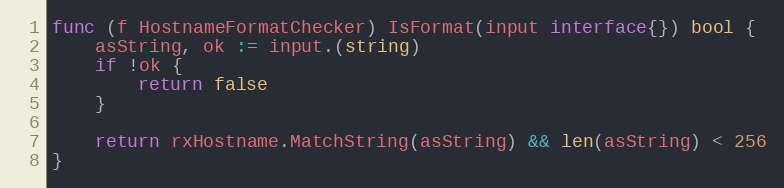
Language: Go
func (f HostnameFormatChecker) IsFormat(input interface{}) bool {
	asString, ok := input.(string)
	if !ok {
		return false
	}

	return rxHostname.MatchString(asString) && len(asString) < 256
}